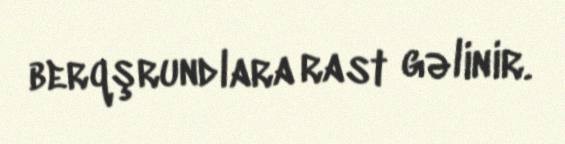
berqşrundlara rast gəlinir.